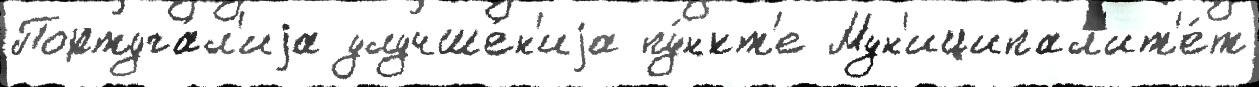
Португа́л'иjа улучше́н'иjа пу́нкт'е Мун'иципал'ит'е́т